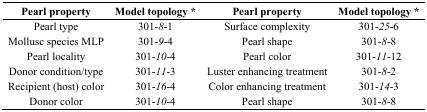
<table><thead><tr><td><b>Pearl property</b></td><td><b>Model topology *</b></td><td><b>Pearl property</b></td><td><b>Model topology *</b></td></tr></thead><tbody><tr><td>Pearl type </td><td>301-<i>8</i>-1</td><td>Surface complexity</td><td>301-<i>25</i>-6</td></tr><tr><td>Mollusc species MLP </td><td>301-<i>9</i>-4</td><td>Pearl shape </td><td>301-<i>8</i>-8</td></tr><tr><td>Pearl locality </td><td>301-<i>10</i>-4</td><td>Pearl color </td><td>301-<i>11</i>-12</td></tr><tr><td>Donor condition/type </td><td>301-<i>11</i>-3</td><td>Luster enhancing treatment </td><td>301-<i>8</i>-2</td></tr><tr><td>Recipient (host) color </td><td>301-<i>16</i>-4</td><td>Color enhancing treatment </td><td>301-<i>14</i>-3</td></tr><tr><td>Donor color </td><td>301-<i>10</i>-4</td><td>Pearl shape </td><td>301-<i>8</i>-8</td></tr></tbody></table>